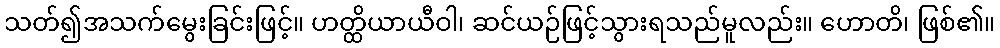
သတ်၍အသက်မွေးခြင်းဖြင့်။ ဟတ္ထိယာယီဝါ၊ ဆင်ယဉ်ဖြင့်သွားရသည်မူလည်း။ ဟောတိ၊ ဖြစ်၏။